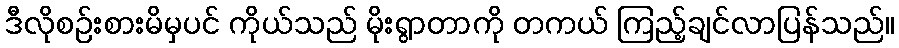
ဒီလိုစဉ်းစားမိမှပင် ကိုယ်သည် မိုးရွာတာကို တကယ် ကြည့်ချင်လာပြန်သည်။